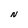
Character: N